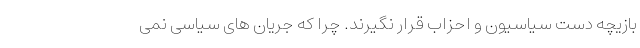
بازیچه دست سیاسیون و احزاب قرار نگیرند. چرا که جریان های سیاسی نمی